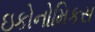
ઇકોનોમિકસ